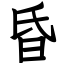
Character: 昏